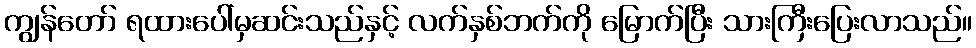
ကျွန်တော် ရထားပေါ်မှဆင်းသည်နှင့် လက်နှစ်ဘက်ကို မြောက်ပြီး သားကြီးပြေးလာသည်။